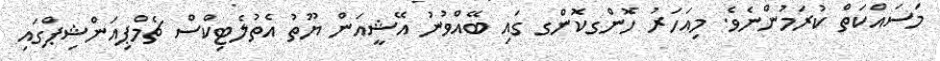
މަސައްކަތް ކުރަމުންނެވެ. މިއަހަރު ހޮންގކޮންގ ގައި ބޭއްވުނު އޭޝީއަން ޔޫތު އެތުލެޓިކްސް ޗެމްޕިއަންޝިޕްގައި